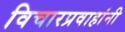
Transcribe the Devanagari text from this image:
विचारप्रवाहांनी